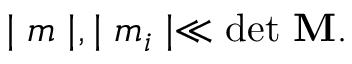
\mid m \mid , \mid m _ { i } \mid \ll \mathrm { d e t { \bf ~ M } } .